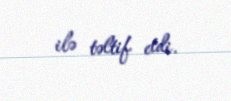
ilə təltif etdi.